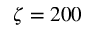
\zeta = 2 0 0